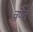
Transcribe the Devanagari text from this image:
वर्णैत